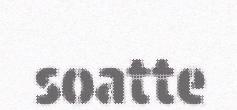
soatte